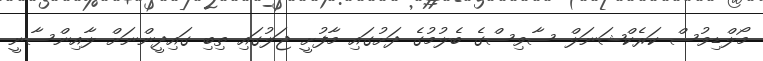
މޯލްޑިވުސް ކަރެކްޝަނަލް ސާވިސްގެ ބެލުމުގެ ދަށުގައި މާފުށީ ޖަލުގައި ތިބި ގައިދީންނަށް ލާއިންސާނީ